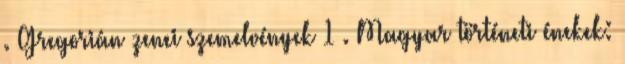
. Gregorián zenei szemelvények 1 . Magyar történeti énekek: